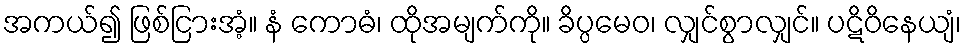
အကယ်၍ ဖြစ်ငြားအံ့။ နံ ကောဓံ၊ ထိုအမျက်ကို။ ခိပ္ပမေဝ၊ လျှင်စွာလျှင်။ ပဋိဝိနေယျံ၊